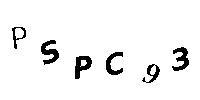
PSPC93